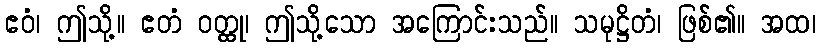
ဧဝံ၊ ဤသို့။ ဧတံ ဝတ္ထု၊ ဤသို့သော အကြောင်းသည်။ သမုဋ္ဌိတံ၊ ဖြစ်၏။ အထ၊